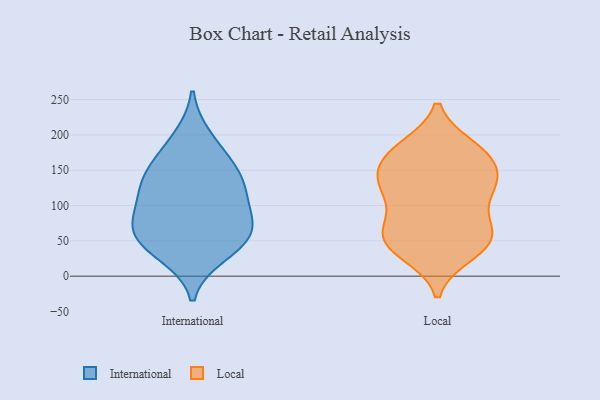
{"axis": {"x": "Active Users", "y": "Value"}, "legend": ["International", "Local"], "data": [{"x": "", "y": 31, "type": "International"}, {"x": "", "y": 138, "type": "International"}, {"x": "", "y": 140, "type": "International"}, {"x": "", "y": 59, "type": "International"}, {"x": "", "y": 57, "type": "International"}, {"x": "", "y": 196, "type": "International"}, {"x": "", "y": 75, "type": "International"}, {"x": "", "y": 106, "type": "International"}, {"x": "", "y": 138, "type": "International"}, {"x": "", "y": 103, "type": "International"}, {"x": "", "y": 170, "type": "International"}, {"x": "", "y": 41, "type": "International"}, {"x": "", "y": 71, "type": "International"}, {"x": "", "y": 75, "type": "Local"}, {"x": "", "y": 37, "type": "Local"}, {"x": "", "y": 114, "type": "Local"}, {"x": "", "y": 152, "type": "Local"}, {"x": "", "y": 51, "type": "Local"}, {"x": "", "y": 128, "type": "Local"}, {"x": "", "y": 32, "type": "Local"}, {"x": "", "y": 152, "type": "Local"}, {"x": "", "y": 180, "type": "Local"}, {"x": "", "y": 120, "type": "Local"}, {"x": "", "y": 182, "type": "Local"}, {"x": "", "y": 174, "type": "Local"}, {"x": "", "y": 131, "type": "Local"}, {"x": "", "y": 73, "type": "Local"}, {"x": "", "y": 174, "type": "Local"}, {"x": "", "y": 62, "type": "Local"}, {"x": "", "y": 46, "type": "Local"}, {"x": "", "y": 129, "type": "Local"}, {"x": "", "y": 54, "type": "Local"}]}